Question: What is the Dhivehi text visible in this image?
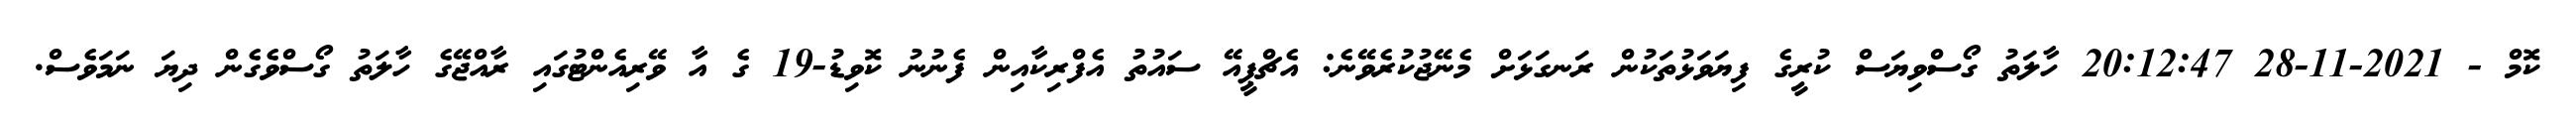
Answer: ކޮމް - 2021-11-28 20:12:47 ހާލަތު ގޯސްވިޔަސް ކުރީގެ ފިޔަވަޅުތަކުން ރަނގަޅަށް މެނޭޖުކުރެވޭނެ: އެޗްޕީއޭ ސައުތު އެފްރިކާއިން ފެނުނު ކޮވިޑު-19 ގެ އާ ވޭރިއެންޓުގައި ރާއްޖޭގެ ހާލަތު ގޯސްވެގެން ދިޔަ ނަމަވެސް.